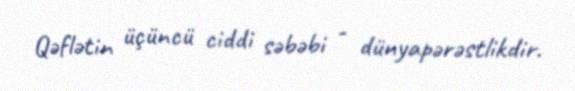
Qəflətin üçüncü ciddi səbəbi - dünyapərəstlikdir.